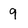
Character: 9